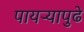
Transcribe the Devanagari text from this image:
पायऱ्यापुढे